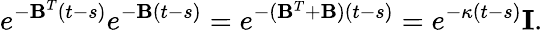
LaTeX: e^{{-\mathbf B}^{T}(t-s)}e^{{-\mathbf B}(t-s)}=e^{-({\mathbf B}^{T}+{\mathbf B})(t-s)}=e^{-\kappa(t-s)}{\mathbf I}.